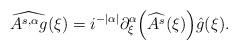
LaTeX: \begin{align*}&\widehat{A^{s,\alpha} g} (\xi) = i^{-|\alpha|} \partial_{\xi}^{\alpha} \Bigl( \widehat{ A^{s}}(\xi)\Bigr) \hat g(\xi).\end{align*}